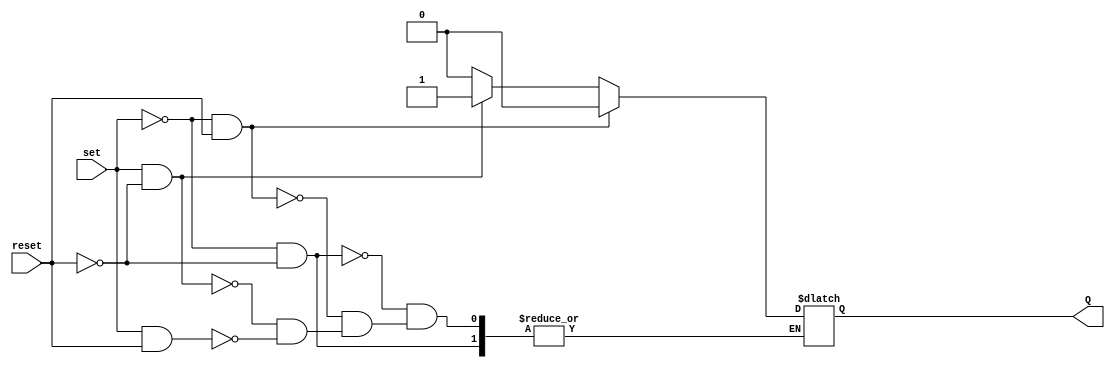
module latch(input wire set, reset,
            output reg Q);
  
  always@*
    if (set == 0 && reset == 0)
      begin
      Q <= Q;
      end
  	else if (set == 0 && reset == 1)
      begin
      Q <= 0;
      end
    else if (set == 1 && reset == 0)
      begin
      Q <= 1;
      end
    else if (set == 1 && reset == 1)
      begin
      Q <= 0;
      end
  
endmodule